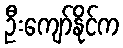
ဦးကျော်နိုင်က